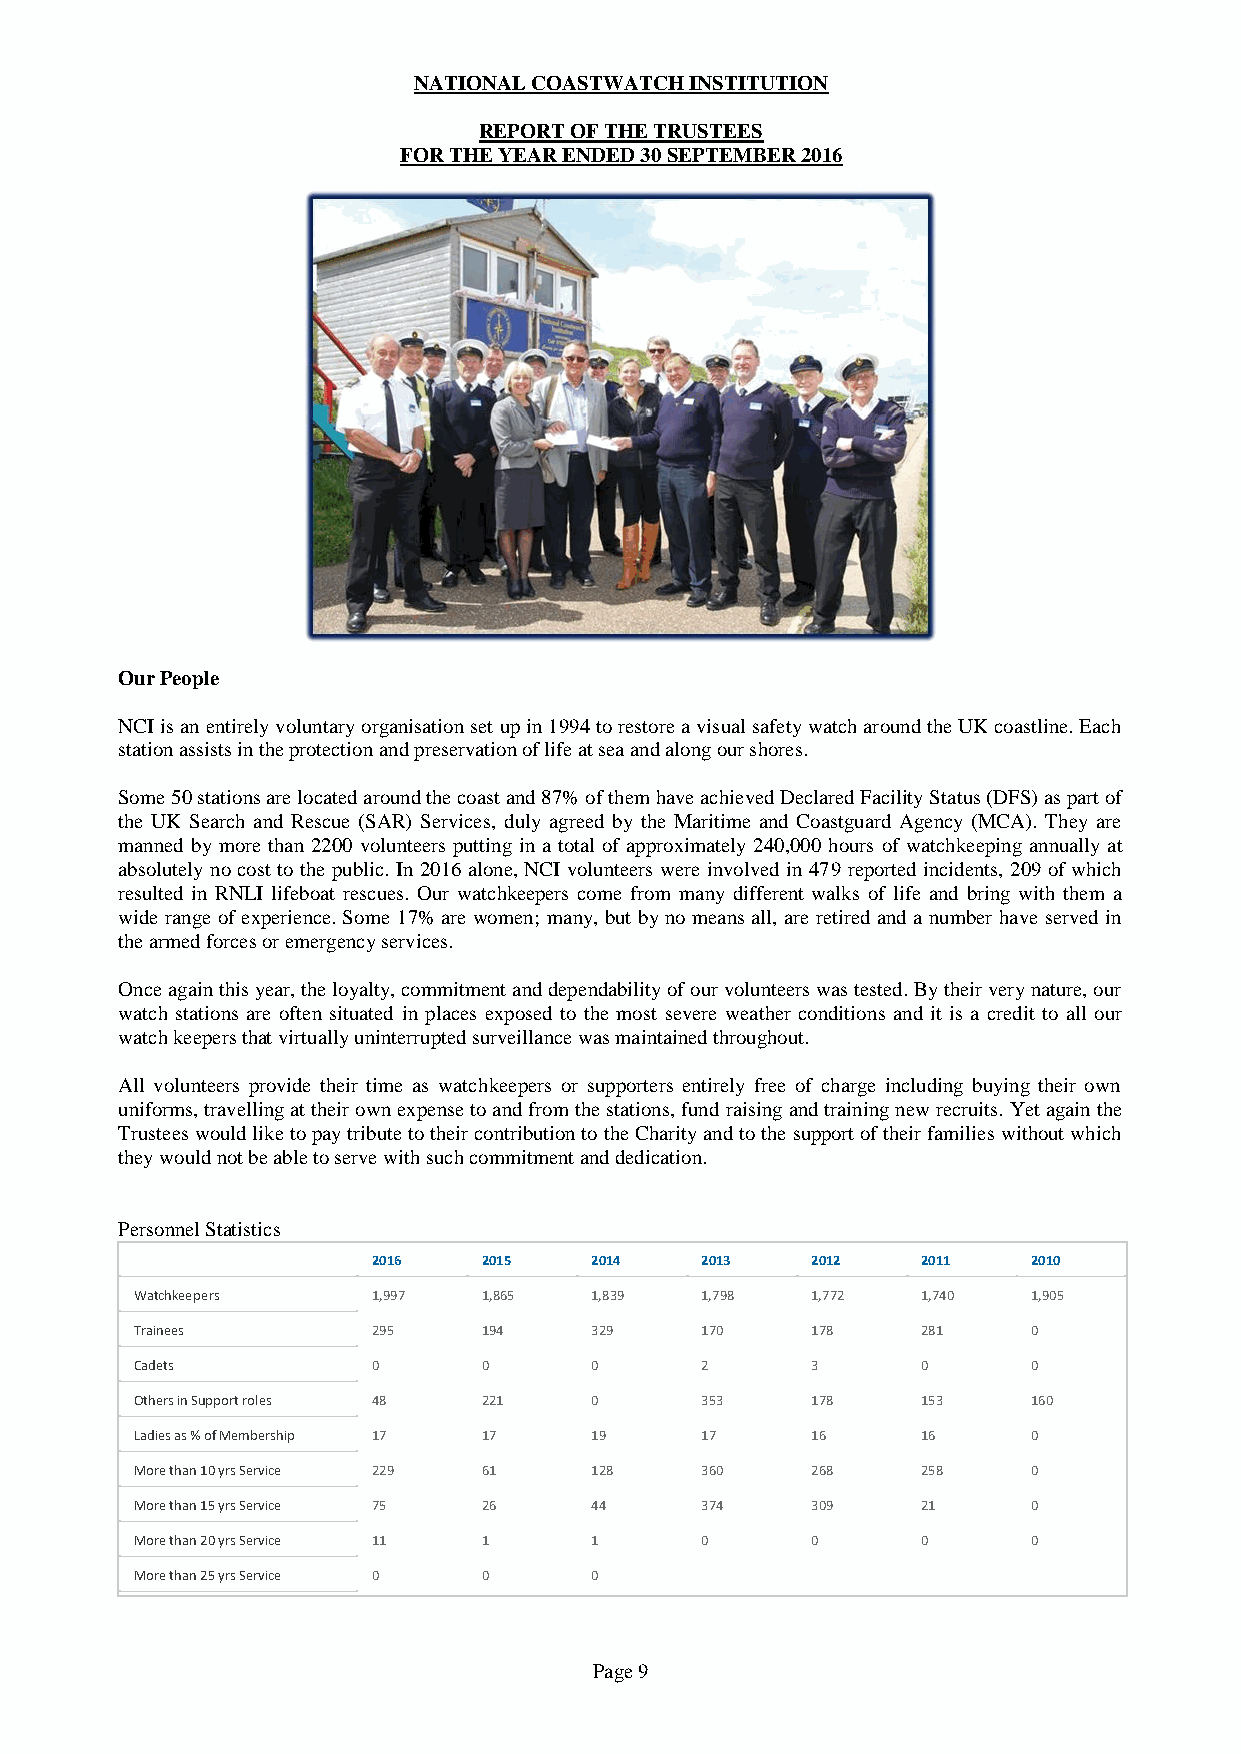
NATIONAL COASTWATCH INSTITUTION
 REPORT OF THE TRUSTEES
 FOR THE YEAR ENDED 30 SEPTEMBER 2016
 Our People
 NCI is an entirely voluntary organisation set up in 1994 to restore a visual safety watch around the UK coastline. Each
 station assists in the protection and preservation of life at sea and along our shores.
 Some 50 stations are located around the coast and 87% of them have achieved Declared Facility Status (DFS) as part of
 the UK Search and Rescue (SAR) Services, duly agreed by the Maritime and Coastguard Agency (MCA). They are
 manned by more than 2200 volunteers putting in a total of approximately 240,000 hours of watchkeeping annually at
 absolutely no cost to the public. In 2016 alone, NCI volunteers were involved in 479 reported incidents, 209 of which
 resulted in RNLI lifeboat rescues. Our watchkeepers come from many different walks of life and bring with them a
 wide range of experience. Some 17% are women; many, but by no means all, are retired and a number have served in
 the armed forces or emergency services.
 Once again this year, the loyalty, commitment and dependability of our volunteers was tested. By their very nature, our
 watch stations are often situated in places exposed to the most severe weather conditions and it is a credit to all our
 watch keepers that virtually uninterrupted surveillance was maintained throughout.
 All volunteers provide their time as watchkeepers or supporters entirely free of charge including buying their own
 uniforms, travelling at their own expense to and from the stations, fund raising and training new recruits. Yet again the
 Trustees would like to pay tribute to their contribution to the Charity and to the support of their families without which
 they would not be able to serve with such commitment and dedication.
 Personnel Statistics
 2016   2015   2014   2013    2012   2011   2010
 Watchkeepers    1,997  1,865  1,839  1,798   1,772  1,740  1,905
 Trainees        295    194    329    170     178    281    0
 Cadets          0      0      0      2       3      0      0
 Others in Support roles 48 221 0     353     178    153    160
 Ladies as % of Membership 17 17 19   17      16     16     0
 More than 10 yrs Service 229 61 128  360     268    258    0
 More than 15 yrs Service 75 26 44    374     309    21     0
 More than 20 yrs Service 11 1 1      0       0      0      0
 More than 25 yrs Service 0 0  0
 Page 9